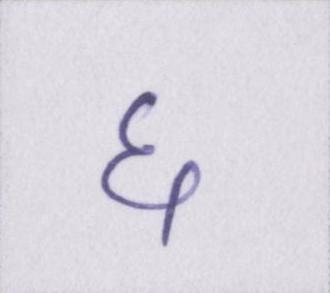
६